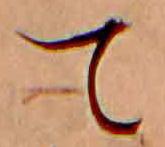
て